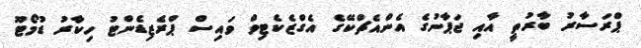
ޕްރަސާރު ބާރުތީ އާއި ޖަޕާނުގެ އެންއެޗްކޭގެ އެގްޒެކެޓިވް ވައިސް ޕްރެޒިޑެންޓު ހިކާރު ޑުމޯޓޫ